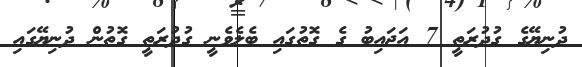
ދުނިޔޭގެ ގުދުރަތީ 7 އަޖައިބު ގެ ގޮތުގައި ބެލެވެނީ ގުދުރަތީ ގޮތުން ދުނިޔޭގައި